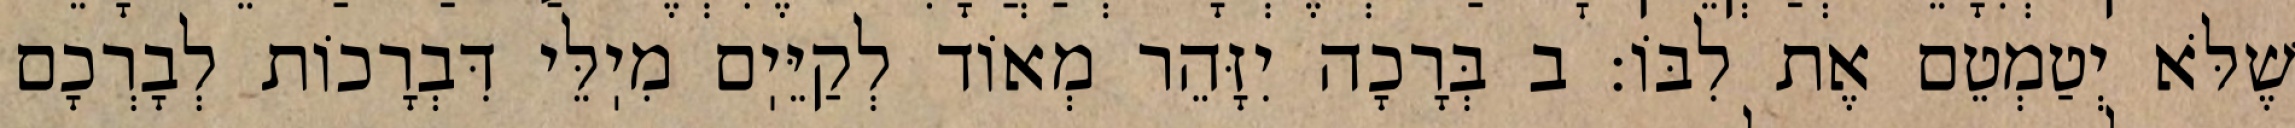
שֶׁלֹּא יְטַמְטֵם אֶת לִבּוֹ: ב בְּרָכָה יִזָּהֵר מְאוֹד לְקַיֵּיֽם מִיֽלֵּי דִּבְרָכוֹת לְבָרְכָם